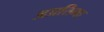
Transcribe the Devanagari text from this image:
अप्रतिभा